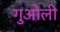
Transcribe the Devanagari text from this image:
गुओली